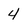
Character: 4